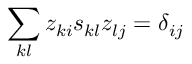
\sum _ { k l } z _ { k i } s _ { k l } z _ { l j } = \delta _ { i j }